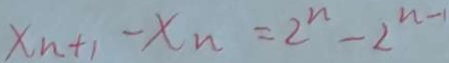
x _ { n + 1 } - x _ { n } = 2 ^ { n } - 2 ^ { n - 1 }